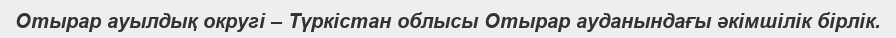
Отырар ауылдық округі – Түркістан облысы Отырар ауданындағы әкімшілік бірлік.